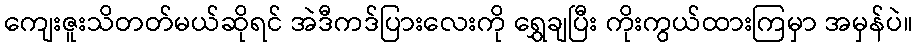
ကျေးဇူးသိတတ်မယ်ဆိုရင် အဲဒီကဒ်ပြားလေးကို ရွှေချပြီး ကိုးကွယ်ထားကြမှာ အမှန်ပဲ။